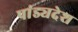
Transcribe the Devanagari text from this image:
पांड्यदेश